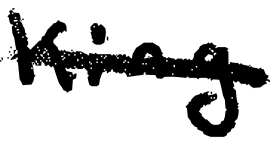
Text: King
Cross-out: single-line
Writing tool: digital_black